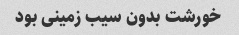
خورشت بدون سیب زمینی بود